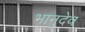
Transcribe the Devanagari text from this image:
भानुदेव